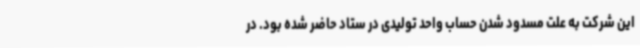
این شرکت به علت مسدود شدن حساب واحد تولیدی در ستاد حاضر شده بود. در